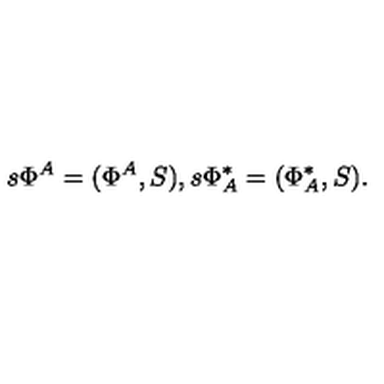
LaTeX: s \Phi ^ { A } = ( \Phi ^ { A } , S ) , s \Phi _ { A } ^ { * } = ( \Phi _ { A } ^ { * } , S ) .